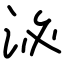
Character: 泌